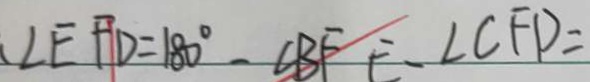
\angle E F D = 1 8 0 ^ { \circ } - \angle B F E - \angle C F D =